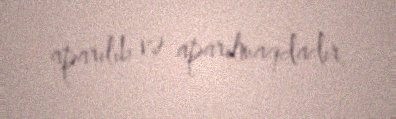
aparılıb və aparılmaqdadır.